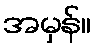
အမှန်။